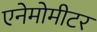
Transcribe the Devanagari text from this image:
एनेमोमीटर